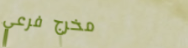
مخرج فرعي